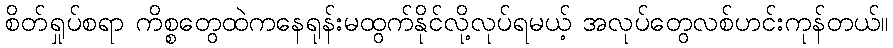
စိတ်ရှုပ်စရာ ကိစ္စတွေထဲကနေရုန်းမထွက်နိုင်လို့လုပ်ရမယ့် အလုပ်တွေလစ်ဟင်းကုန်တယ်။